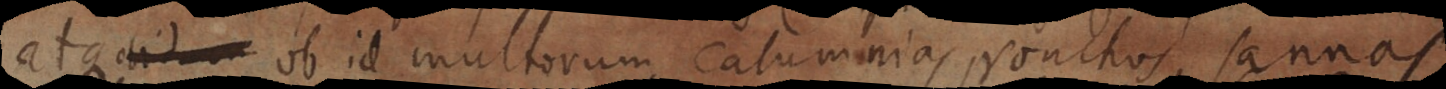
atque ob id multorum calumnias, ronchos, sannas,